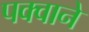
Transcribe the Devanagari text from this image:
पक्वाने